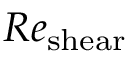
R e _ { \mathrm { s h e a r } }